Lunatic asylums in Bengal annual reports 1912-1924 - 1912-1924
Year: 1912
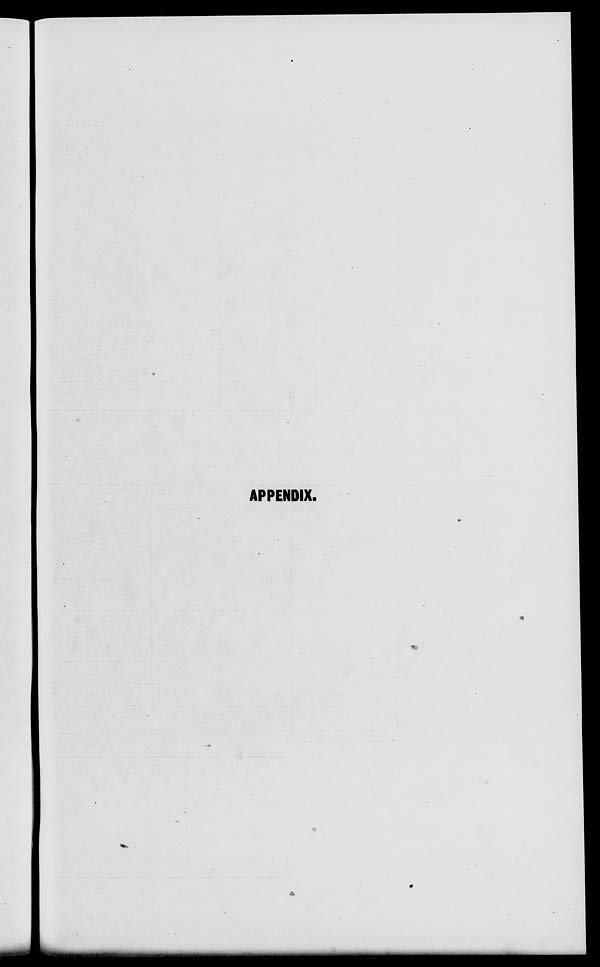
APPENDIX.